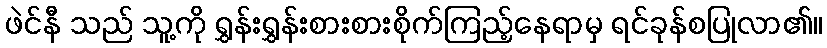
ဖဲင်နီ သည် သူ့ကို ရွှန်းရွှန်းစားစားစိုက်ကြည့်နေရာမှ ရင်ခုန်စပြုလာ၏။